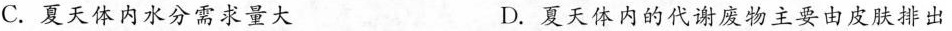
C.夏天体内水分需求量大 D.夏天体内的代谢废物主要由皮肤排出